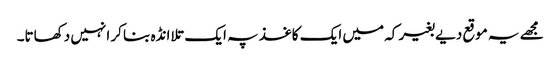
مجھے یہ موقع دیے بغیر کہ میں ایک کاغذ پہ ایک تلا انڈہ بنا کر انہیں دکھاتا۔